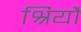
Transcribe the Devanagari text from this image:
श्रियौ